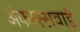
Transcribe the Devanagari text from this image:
अंकारसवार्ड